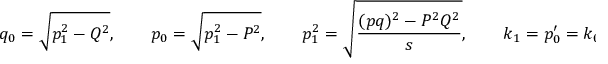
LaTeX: q _ { 0 } = \sqrt { p _ { 1 } ^ { 2 } - Q ^ { 2 } } , \qquad p _ { 0 } = \sqrt { p _ { 1 } ^ { 2 } - P ^ { 2 } } , \qquad p _ { 1 } ^ { 2 } = \sqrt { \frac { ( p q ) ^ { 2 } - P ^ { 2 } Q ^ { 2 } } { s } } , \qquad k _ { 1 } = p _ { 0 } ^ { \prime } = k _ { 0 } = { \frac { \sqrt { s } } { 2 } } \, .